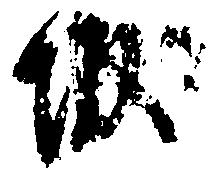
城